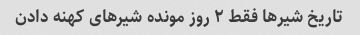
تاریخ شیرها فقط ٢ روز مونده شیرهای کهنه دادن